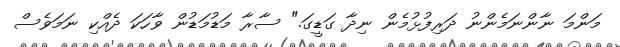
މަންމަ ނާންނަމެންނު ދަރިފުޅުމެން ނިދާ ގަޑީގަ." ސާރާ މަޑުމަޑުން ވާހަކަ ދެއްކި ނަމަވެސް